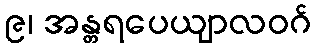
၉၊ အန္တရပေယျာလဝဂ်